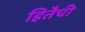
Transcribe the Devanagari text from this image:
हितैची